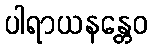
ပါရာယနန္တေဝ